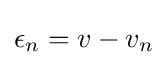
\epsilon _{n}=v-v_{n}